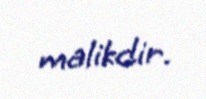
malikdir.